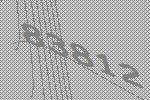
83812